Report on vaccination in the Province of Bengal - 1874-1889
Year: 1874
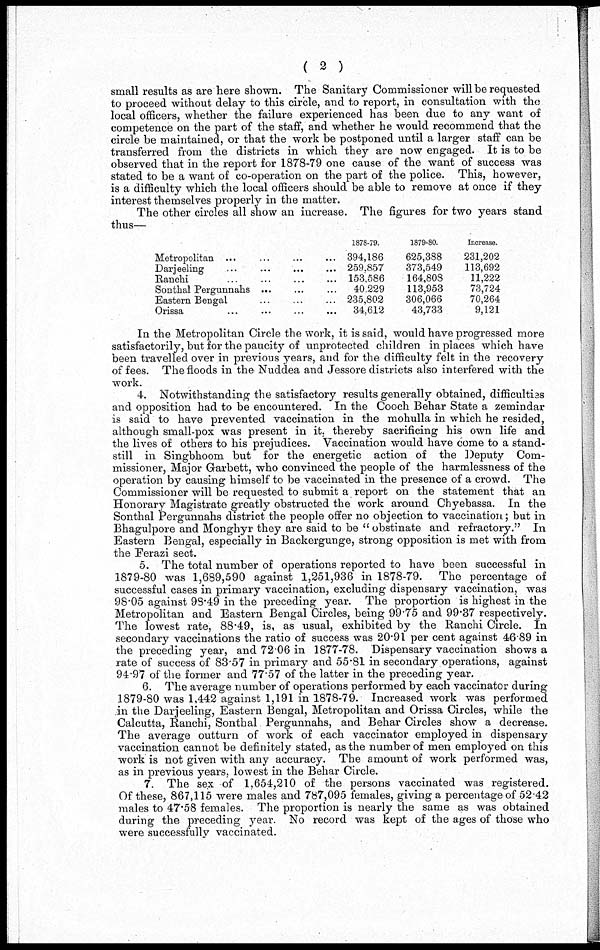
( 2 )
small results as are here shown. The Sanitary Commissioner will be requested
to proceed without delay to this circle, and to report, in consultation with the
local officers, whether the failure experienced has been due to any want of
competence on the part of the staff, and whether he would recommend that the
circle be maintained, or that the work be postponed until a larger staff can be
transferred from the districts in which they are now engaged. It is to be
observed that in the report for 1878-79 one cause of the want of success was
stated to be a want of co-operation on the part of the police. This, however,
is a difficulty which the local officers should be able to remove at once if they
interest themselves properly in the matter.
The other circles all show an increase. The figures for two years stand
thus—
Metropolitan ... ... ... ...
Darjeeling ... ... ... ...
Ranchi ... ... ... ...
Sonthal Pergunnahs ... ... ... ...
Eastern Bengal ... ... ... ...
Orissa ... ... ... ...
1878-79.
394,186
259,857
153,586
40,229
235,802
34,612
1879-80
625,388
373,549
164,808
113,953
306,066
43,733
Increase.
231,202
113,692
11,222
73,724
70,264
9,121
In the Metropolitan Circle the work, it is said, would have progressed more
satisfactorily, but for the paucity of unprotected children in places which have
been travelled over in previous years, and for the difficulty felt in the recovery
of fees. The floods in the Nuddea and Jessore districts also interfered with the
work.
4. Notwithstanding the satisfactory results generally obtained, difficulties
and opposition had to be encountered. In the Cooch Behar State a zemindar
is said to have prevented vaccination in the mohulla in which he resided,
although small-pox was present in it. thereby sacrificing his own life and
the lives of others to his prejudices. Vaccination would have come to a stand-
still in Singbhoom but for the energetic action of the Deputy Com-
missioner, Major Garbett, who convinced the people of the harmlessness of the
operation by causing himself to be vaccinated in the presence of a crowd. The
Commissioner will be requested to submit a report on the statement that an
Honorary Magistrate greatly obstructed the work around Chyebassa. In the
Sonthal Pergunnahs district the people offer no objection to vaccination; but in
Bhagulpore and Monghyr they are said to be " obstinate and refractory." In
Eastern Bengal, especially in Backergunge, strong opposition is met with from
the Ferazi sect.
5. The total number of operations reported to have been successful in
1879-80 was 1,689,590 against 1,251,936 in 1878-79. The percentage of
successful cases in primary vaccination, excluding dispensary vaccination, was
98.05 against 98.49 in the preceding year. The proportion is highest in the
Metropolitan and Eastern Bengal Circles, being 99.75 and 99.37 respectively.
The lowest rate, 88.49, is, as usual, exhibited by the Ranchi Circle. In
secondary vaccinations the ratio of success was 20.91 per cent against 46.89 in
the preceding year, and 72.06 in 1877-78. Dispensary vaccination shows a
rate of success of 83.57 in primary and 55.81 in secondary operations, against
94.97 of the former and 77.57 of the latter in the preceding year.
6. The average number of operations performed by each vaccinator during
1879-80 was 1,442 against 1,191 in 1878-79. Increased work was performed
in the Darjeeling, Eastern Bengal, Metropolitan and Orissa Circles, while the
Calcutta, Ranchi, Sonthal Pergunnahs, and Behar Circles show a decrease.
The average outturn of work of each vaccinator employed in dispensary
vaccination cannot be definitely stated, as the number of men employed on this
work is not given with any accuracy. The amount of work performed was,
as in previous years, lowest in the Behar Circle.
7. The sex of 1,654,210 of the persons vaccinated was registered.
Of these, 867,115 were males and 787,095 females, giving a percentage of 52.42
males to 47.58 females. The proportion is nearly the same as was obtained
during the preceding year. No record was kept of the ages of those who
were successfully vaccinated.